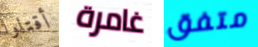
أقتلوا غامرة متفق